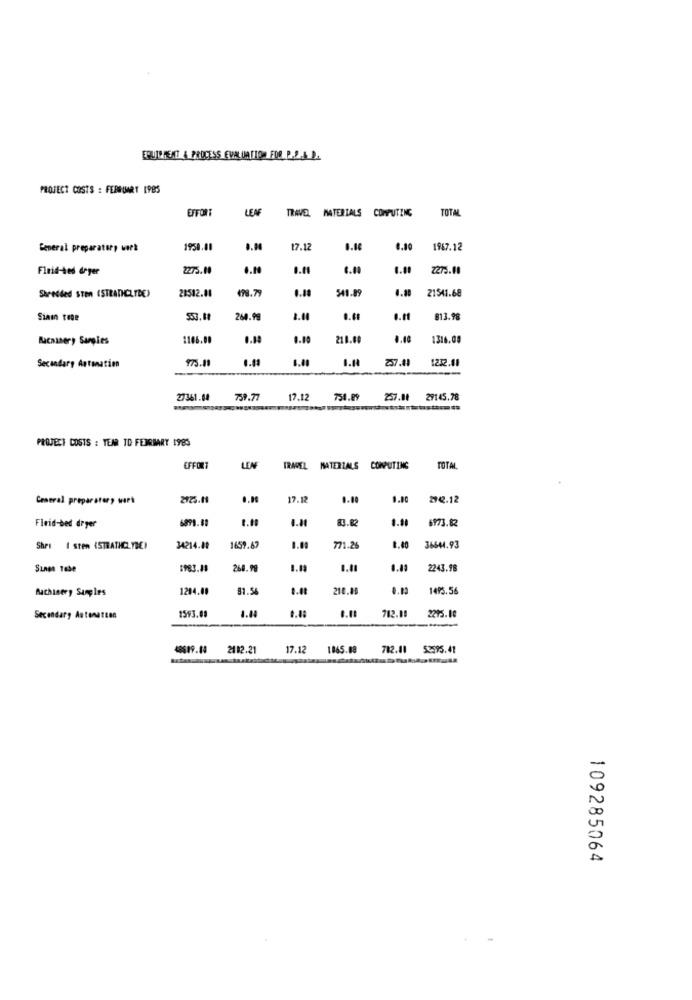
ERUIT HEAT & PROCESS EVALUATION FOR P.2.4 .
PROJECT COSTS : FERRIMART 1985
EFFORT
LEN
TRAVEL MATERIALS COMPUTING
TOTA
General preparatory work
1950.41
17.12
0.40
1967.12
Finid-bed deyer
2275.00
.. 10
0.00
2275.00
17.7
541.89
21541.68
Shredded STen (STRADCLYDE)
Siaın tone
260.99
0.11
813.98
Bacaaner, Samples
1106.00
218.00
0.10
1316.00
973.11
27.41
1232.11
Secondary Antonation
27361.64
731.77
17.12
754.09
257.01
29145.78
PROJECT COSTS : TEM ID FEBRUARY 1985
EFFORT
LENF
TRAVEL MATERIALS COMPUTING
TOTAL
General preparatory work
2725.11
17.13
0.00
1.80
2742.12
6891.59
6973.82
Finid-bed deyer
Shes 1 sten (STRATHCLYDE)
34214.80
1699.67
1.00
771.26
8.40
36644.93
1983.45
268.99
1.13
1.41
2243.98
Machinery Samples
1284.00
81.5
210.00
1495.56
2215.00
Secondary Antenatien
1593.08
712.00
2182.21
17.12
1.045.00
782.11 52595.41
109285064